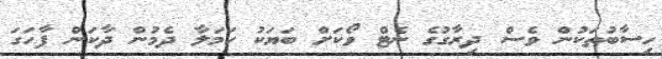
ހިސާބުތަކުން ވެސް ދިރާގުގެ ނެޓް ވޯކަށް ބަޔަކު ހަމަލާ ދެމުން ދާކަން ފާހަގަ